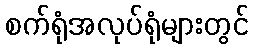
စက်ရုံအလုပ်ရုံများတွင်